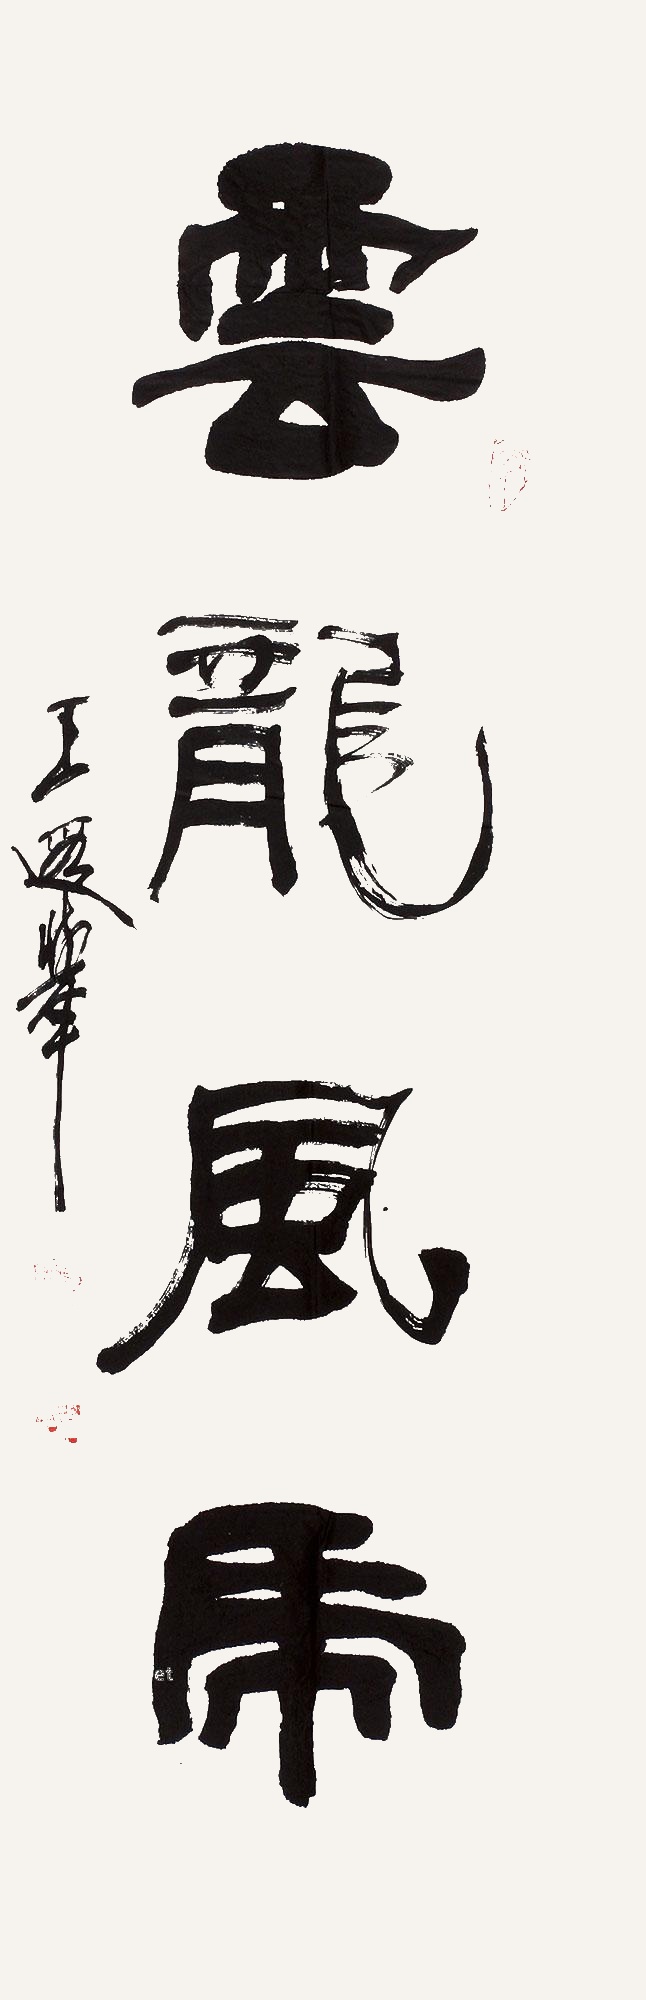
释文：云龙风虎王遐举